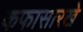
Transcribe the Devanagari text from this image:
कफासारखे